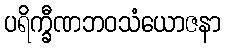
ပရိက္ခီဏဘဝသံယောဇနာ